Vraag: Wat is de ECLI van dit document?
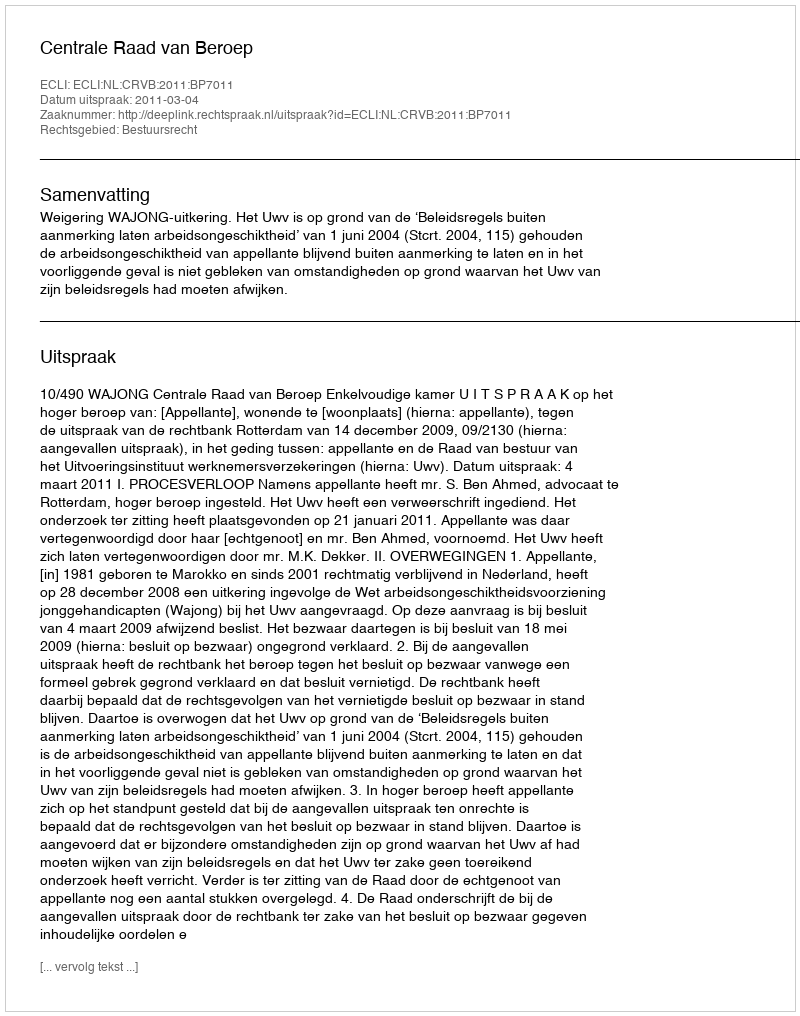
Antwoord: ECLI:NL:CRVB:2011:BP7011